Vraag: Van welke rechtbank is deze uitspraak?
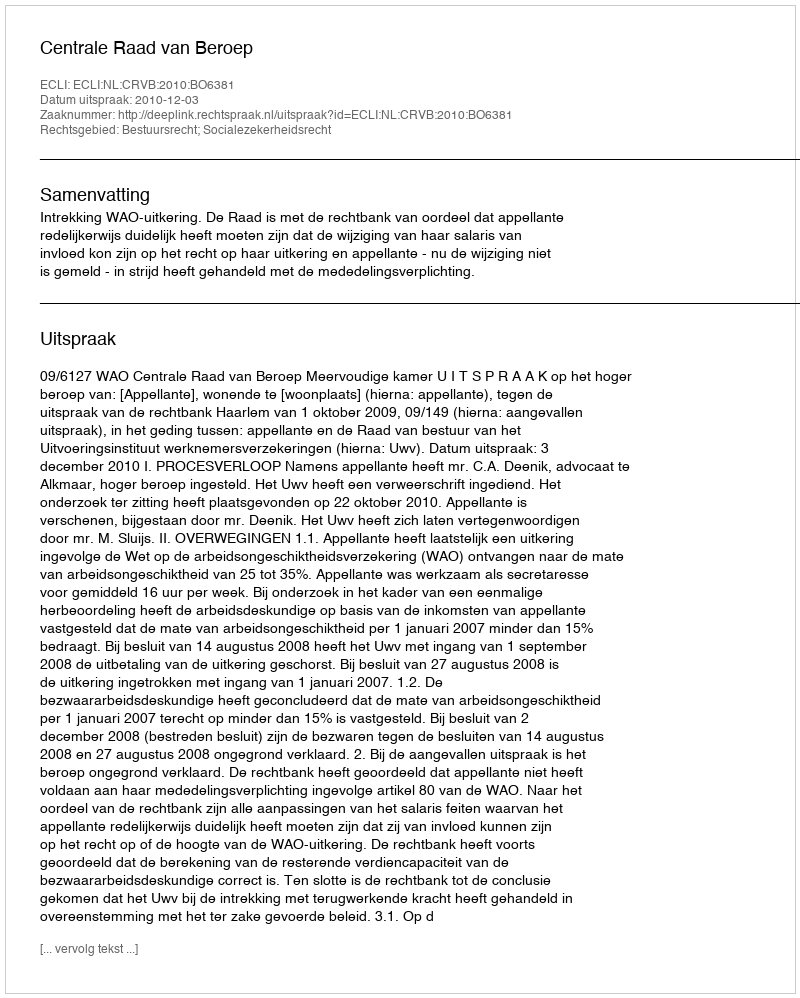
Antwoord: Centrale Raad van Beroep